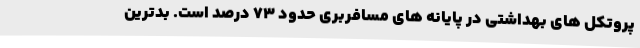
پروتکل های بهداشتی در پایانه های مسافربری حدود ۷۳ درصد است. بدترین